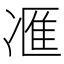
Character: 𪞩